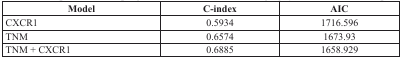
<table><thead><tr><td><b>Model</b></td><td><b>C-index</b></td><td><b>AIC</b></td></tr></thead><tbody><tr><td>CXCR1</td><td>0.5934</td><td>1716.596</td></tr><tr><td>TNM</td><td>0.6574</td><td>1673.93</td></tr><tr><td>TNM + CXCR1</td><td>0.6885</td><td>1658.929</td></tr></tbody></table>